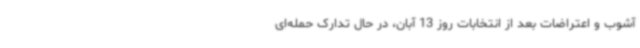
آشوب و اعتراضات بعد از انتخابات روز 13 آبان، در حال تدارک حمله‌ای